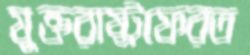
যুক্তরাষ্ট্রফেরত